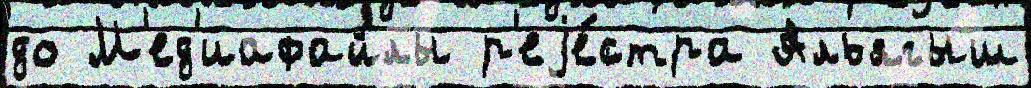
до М'ед'иафайлы р'еjе́стра Альягыш